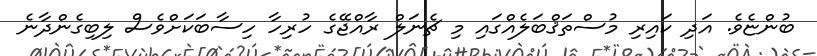
ބުންޏެވެ. އަދި ކައިރި މުސްތަޤްބަލެއްގައި މި ޗެނަލް ރާއްޖޭގެ ހުރިހާ ހިސާބަކަށްވެސް ލިބިގެންދާނެ